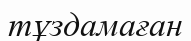
тұздамаған